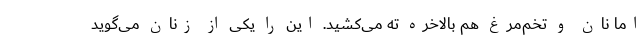
اما نان و تخم‌مرغ هم بالاخره ته می‌کشید. این را یکی از زنان می‌گوید